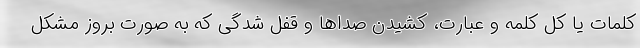
کلمات یا کل کلمه و عبارت، کشیدن صداها و قفل شدگی که به صورت بروز مشکل